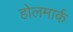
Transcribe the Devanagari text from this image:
होलमार्क